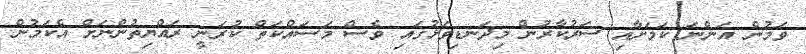
ވަމުން އަންނަ ކަމަށާއި ސަރުކާރުން މިދަނޑިވަޅުގައި ވެސް މަސައްކަތް ކުރަނީ ރައްޔިތުންނަށް އެކަމުން